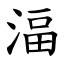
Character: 湢